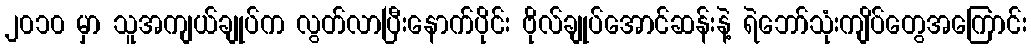
၂၀၁၀ မှာ သူအကျယ်ချုပ်က လွတ်လာပြီးနောက်ပိုင်း ဗိုလ်ချုပ်အောင်ဆန်းနဲ့ ရဲဘော်သုံးကျိပ်တွေအကြောင်း